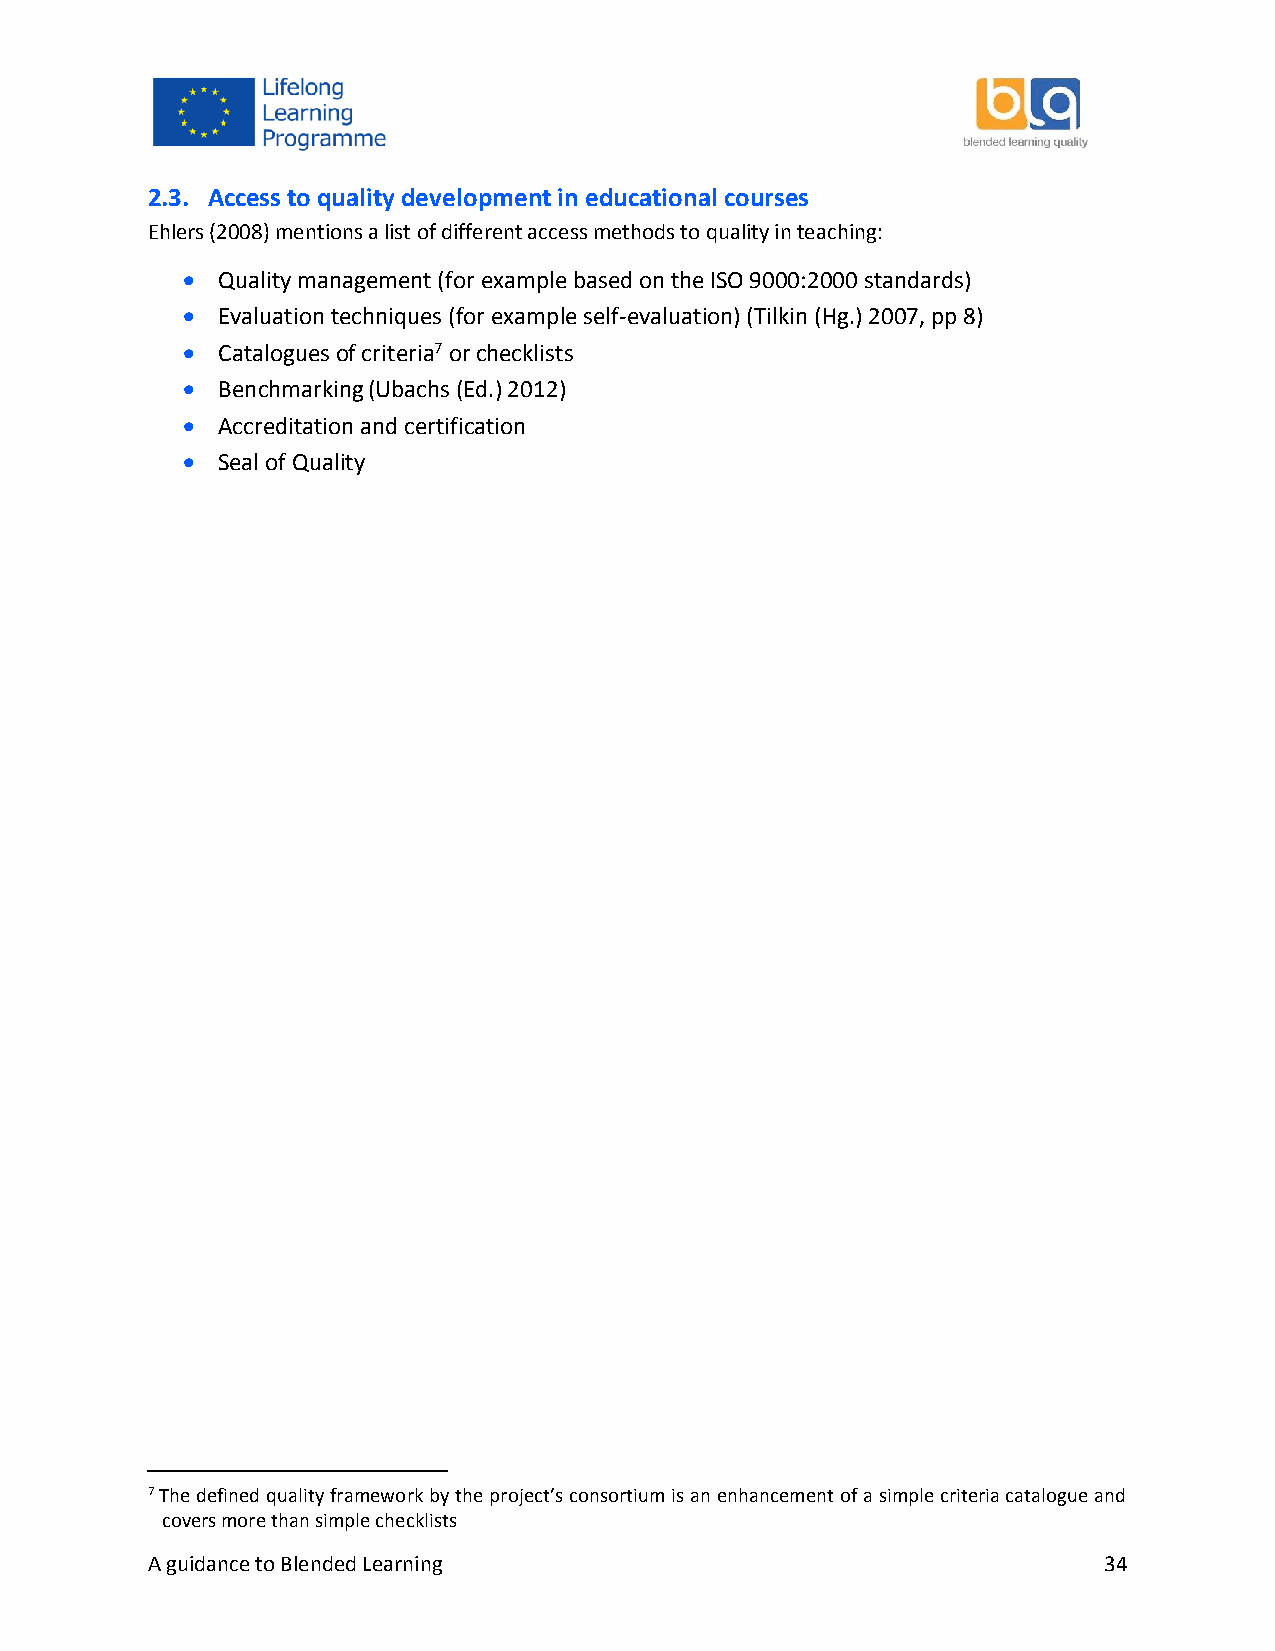
2.3. Access to quality development in educational courses
 Ehlers (2008) mentions a list of different access methods to quality in teaching:
  Quality management (for example based on the ISO 9000:2000 standards)
  Evaluation techniques (for example self-evaluation) (Tilkin (Hg.) 2007, pp 8)
  Catalogues of criteria7 or checklists
  Benchmarking (Ubachs (Ed.) 2012)
  Accreditation and certification
  Seal of Quality
 7 The defined quality framework by the project’s consortium is an enhancement of a simple criteria catalogue and
 covers more than simple checklists
 A guidance to Blended Learning                                 34